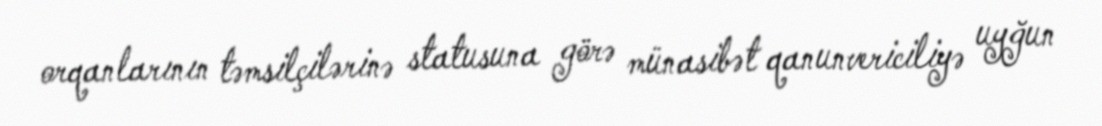
orqanlarının təmsilçilərinə statusuna görə münasibət qanunvericiliyə uyğun